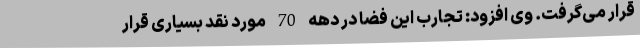
قرار می‌گرفت. وی افزود: تجارب این فضا در دهه 70 مورد نقد بسیاری قرار